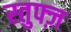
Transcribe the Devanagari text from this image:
स्तुफ्ज़